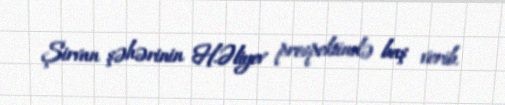
Şirvan şəhərinin H.Əliyev prospektində baş verib.